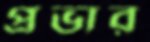
প্রভার